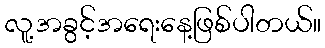
လူ့အခွင့်အရေးနေ့ဖြစ်ပါတယ်။